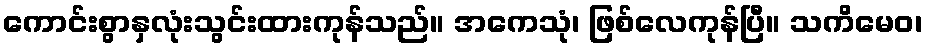
ကောင်းစွာနှလုံးသွင်းထားကုန်သည်။ အကေသုံ၊ ဖြစ်လေကုန်ပြီ။ သကိမေဝ၊